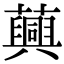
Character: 䕟